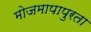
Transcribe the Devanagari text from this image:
मोजमापापुरता